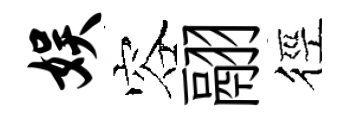
娱容翮徑